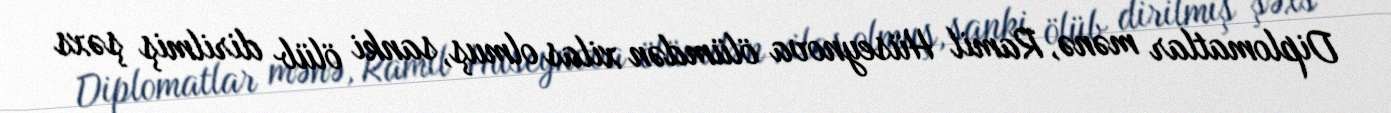
Diplomatlar mənə, Ramil Hüseynova ölümdən xilas olmuş, sanki ölüb dirilmiş şəxs